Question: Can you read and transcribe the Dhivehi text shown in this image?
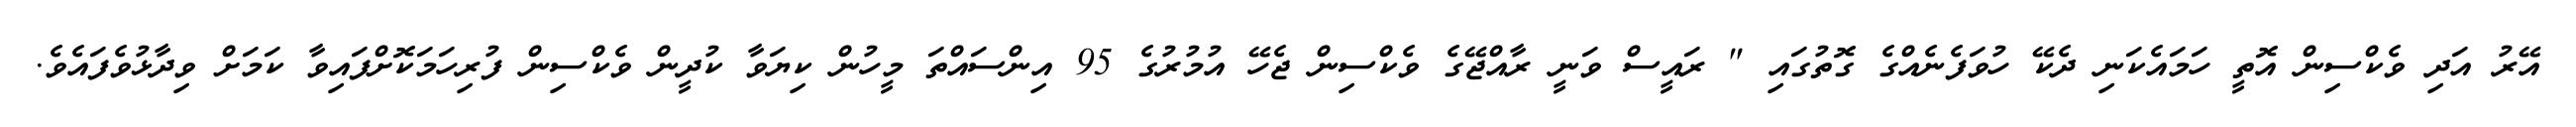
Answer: އޭރު އަދި ވެކްސިން އޮތީ ހަމައެކަނި ދެކޭ ހުވަފެނެއްގެ ގޮތުގައި " ރައީސް ވަނީ ރާއްޖޭގެ ވެކްސިން ޖެހޭ އުމުރުގެ 95 އިންސައްތަ މީހުން ކިޔަވާ ކުދީން ވެކްސިން ފުރިހަމަކޮށްފައިވާ ކަމަށް ވިދާޅުވެފައެވެ.